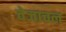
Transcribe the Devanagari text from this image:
वेजाचल